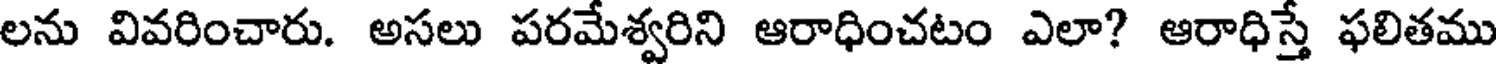
లను వివరించారు. అసలు పరమేశ్వరిని ఆరాధించటం ఎలా? ఆరాధిస్తే ఫలితము